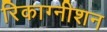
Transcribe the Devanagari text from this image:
रिकाग्नीशन